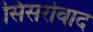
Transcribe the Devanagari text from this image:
सिसरोवाद